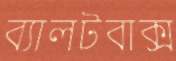
ব্যালটবাক্স